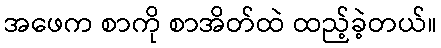
အဖေက စာကို စာအိတ်ထဲ ထည့်ခဲ့တယ်။